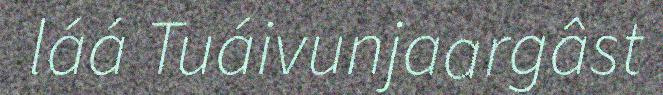
láá Tuáivunjaargâst